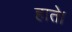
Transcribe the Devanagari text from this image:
हाते।